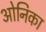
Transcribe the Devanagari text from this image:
ओनिका